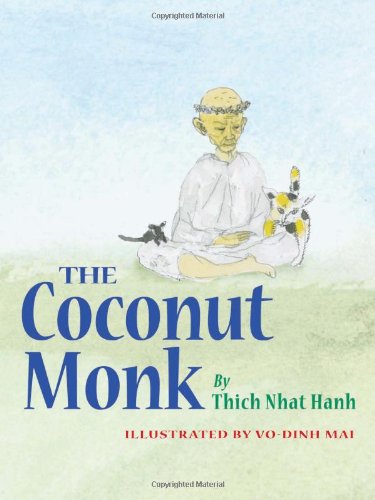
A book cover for The Coconut Monk; Thich Nhat Hanh; Children's Books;